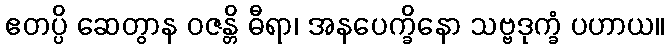
ဧတပ္ပိ ဆေတွာန ဝဇန္တိ ဓီရာ၊ အနပေက္ခိနော သဗ္ဗဒုက္ခံ ပဟာယ။